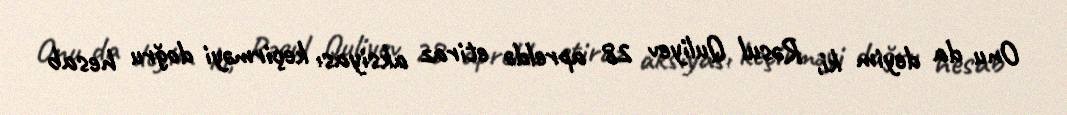
Onu da deyim ki, Rəsul Quliyev 28 apreldə etiraz aksiyası keçirməyi doğru hesab